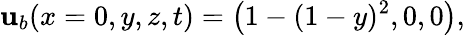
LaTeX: {\mathbf u_{b}}(x=0,y,z,t)=\left(1-(1-y)^{2},0,0\right),